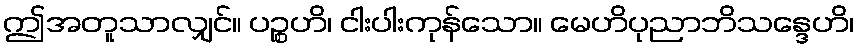
ဤအတူသာလျှင်။ ပဉ္စဟိ၊ ငါးပါးကုန်သော။ မေဟိပုညာဘိသန္ဒေဟိ၊